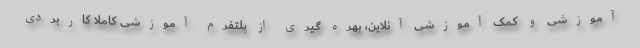
آموزشی و کمک آموزشی آنلاین، بهره گیری از پلتفرم آموزشی کاملا کاربردی